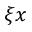
\xi { x }